Vaccination returns of the Province of Eastern Bengal and Assam - 1905-1912
Year: 1905
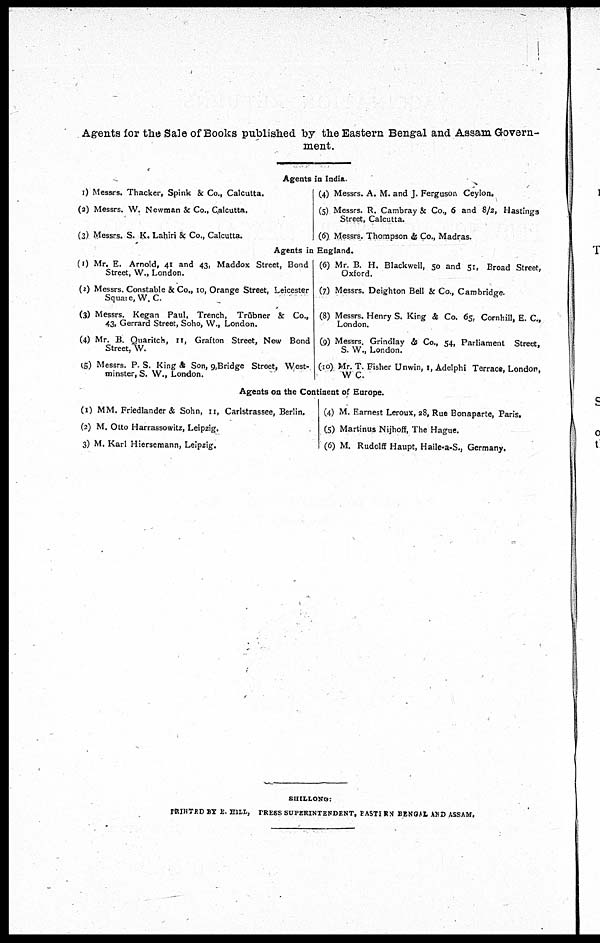
Agents for the Sale of Books published by the Eastern Bengal and Assam Govern-
ment.
Agents in India.
(1) Messrs. Thacker, Spink & Co., Calcutta.
(2) Messrs. W. Newman & Co., Calcutta.
(3) Messrs. S. K. Lahiri & Co., Calcutta.
(4) Messrs. A. M. and J. Ferguson Ceylon.
(5) Messrs. R. Cambray & Co., 6 and 8/2, Hastings
Street, Calcutta.
(6) Messrs. Thompson & Co., Madras.
Agents in England.
(1) Mr. E. Arnold, 41 and 43, Maddox Street, Bond
Street, W., London.
(2) Messrs. Constable & Co., 10, Orange Street, Leicester
Square,W. C.
(3) Messrs. Kegan Paul, Trench, Trübner & Co.,
43, Gerrard Street, Soho, W., London.
(4) Mr. B. Quaritch, 11, Grafton Street, New Bond
Street, W.
(5) Messrs. P. S. King & Son, 9,Bridge Street, West-
minster, S. W., London.
(6) Mr. B. H. Blackwell, 50 and 51, Broad Street,
Oxford.
(7) Messrs. Deighton Bell & Co., Cambridge.
(8) Messrs. Henry S. King & Co. 65, Cornhill, E. C.,
London.
(9) Messrs. Grindlay & Co., 54, Parliament Street,
S. W., London.
(10) Mr. T. Fisher Unwin, 1, Adelphi Terrace, London,
W. C.
Agents on the Continent of Europe.
(1) MM. Friedlander & Sohn, 11, Carlstrassee, Berlin.
(2) M. Otto Harrassowitz, Leipzig.
(3) M. Karl Hiersemann, Leipzig.
(4) M. Earnest Leroux, 28, Rue Bonaparte, Paris.
(5) Martinus Nijhoff, The Hague.
(6) M. Rudolff Haupt, Haile-a-S., Germany.
SHILLONG:
PRINTED BY E. HILL, PRESS SUPERINTENDENT, EASTERN BENGAL AND ASSAM.